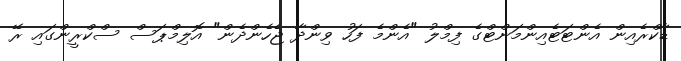
ޑާކްރެެއިން އެންޓަޓެއިންމަންޓްގެ ފިމްލު "އެންމެ ފަހު ވިންދާ ޖެހެންދެން" އޮލިމްޕަސް ސްކްރީންގައި ރޭ